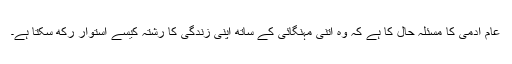
عام آدمی کا مسئلہ حال کا ہے کہ وہ اتنی مہنگائی کے ساتھ اپنی زندگی کا رشتہ کیسے استوار رکھ سکتا ہے۔